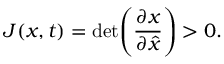
J ( x , t ) = \mathrm { d e t } \Bigg ( \frac { \partial x } { \partial \hat { x } } \Bigg ) > 0 .